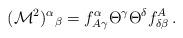
LaTeX: \begin{align*}({\cal M}^2)^\alpha{}_\beta = f^\alpha_{A\gamma} \Theta^\gamma\Theta^\delta f_{\delta\beta}^A\,.\end{align*}